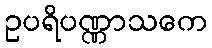
ဥပရိပဏ္ဏာသကေ